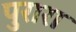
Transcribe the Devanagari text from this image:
पुरारा